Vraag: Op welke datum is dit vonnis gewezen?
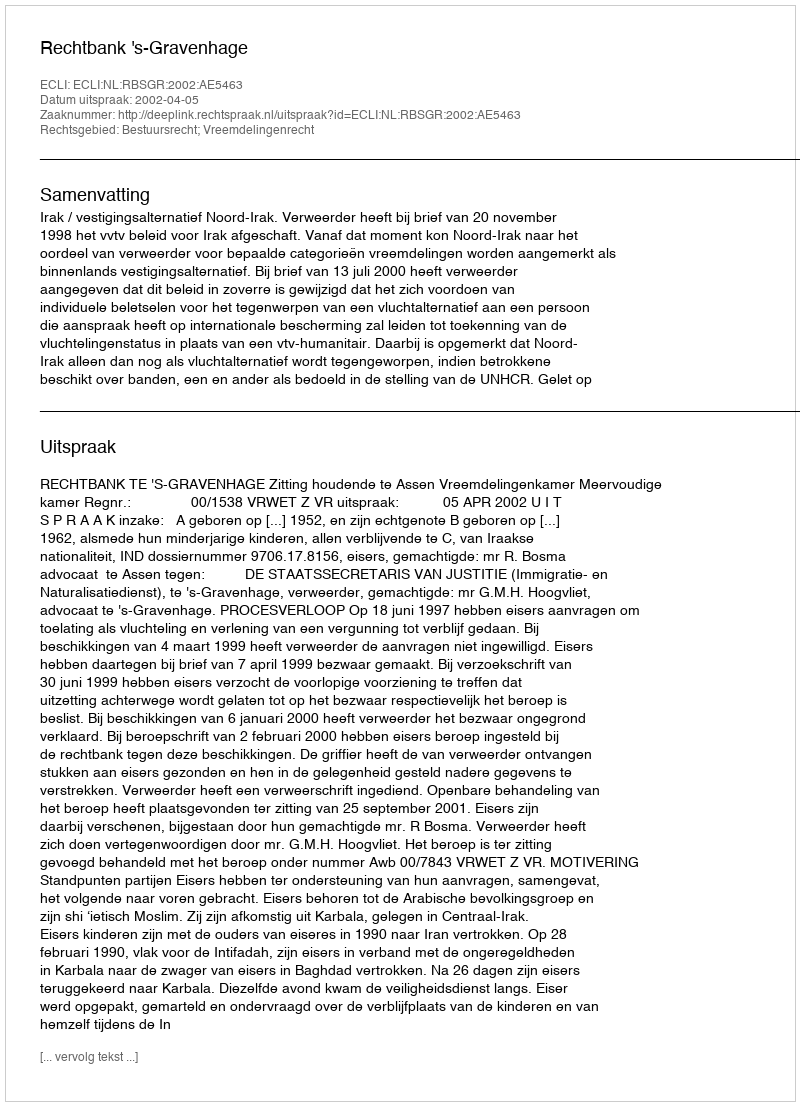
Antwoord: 2002-04-05